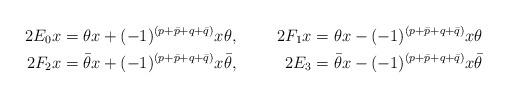
LaTeX: \begin{align*} 2E_0x&=\theta x+(-1)^{(p+\bar{p}+q+\bar{q})}x\theta,&2F_1x&=\theta x-(-1)^{(p+\bar{p}+q+\bar{q})}x\theta\\2F_2x&=\bar{\theta} x+(-1)^{(p+\bar{p}+q+\bar{q})}x\bar{\theta}, &2E_3&=\bar{\theta} x-(-1)^{(p+\bar{p}+q+\bar{q})}x\bar{\theta}\end{align*}